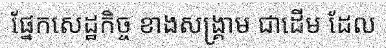
ផ្នែកសេដ្ឋកិច្ច ខាងសង្គ្រាម ជាដើម ដែល